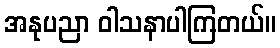
အနုပညာ ဝါသနာပါကြတယ်။